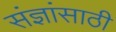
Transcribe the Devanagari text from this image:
संज्ञांसाठी